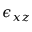
\epsilon _ { x z }